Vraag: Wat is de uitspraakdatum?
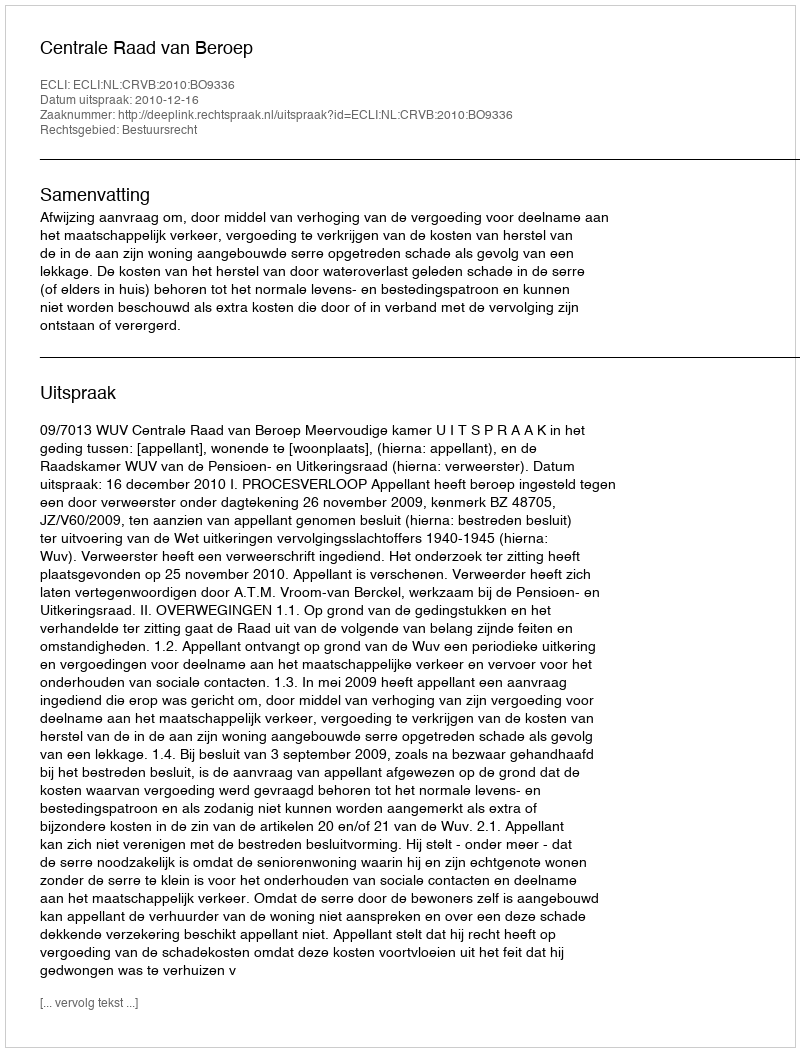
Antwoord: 2010-12-16